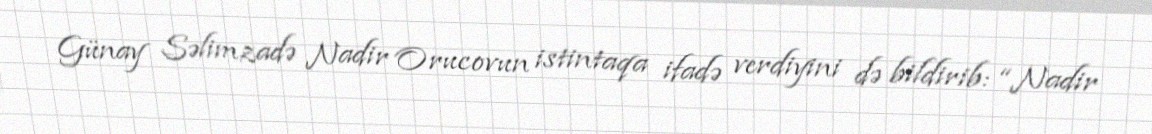
Günay Səlimzadə Nadir Orucovun istintaqa ifadə verdiyini də bildirib: “Nadir